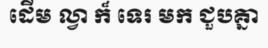
ដើម ល្វា ក៏ ទេរ មក ជួបគ្នា